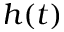
h ( t )